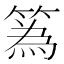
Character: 䈧